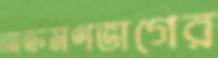
আক্রমণভাগের